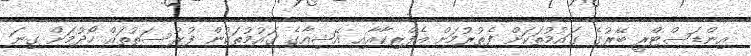
އިންޑަސްޓްރީ ބޭރުގެ ގައުމުތަކަށް ފެތުރުމަށް އެފްރިކާއާއި އޭޝިއާގެ ގައުމުތަކުން ފުރުސަތުތައް ހޯދުމަށް ގިނަ